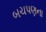
બચપણના